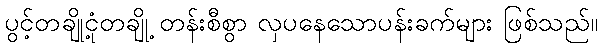
ပွင့်တချို့ငုံတချို့ တန်းစီစွာ လှပနေသောပန်းခက်များ ဖြစ်သည်။